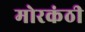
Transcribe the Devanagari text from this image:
मोरकंठी